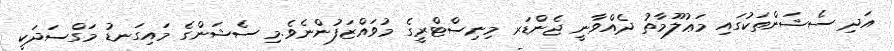
އަދި ސެޝަންތަކުގައި މަޢުލޫމާތު ދެއްވާނީ ޖެންޑަރ މިނިސްޓްރީގެ މުވައްޒަފުންނެވެ.މި ސެޝަންގެ މައިގަނޑު މަގްސަދަކީ